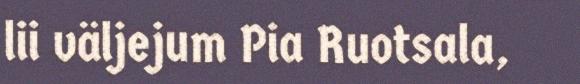
lii väljejum Pia Ruotsala,